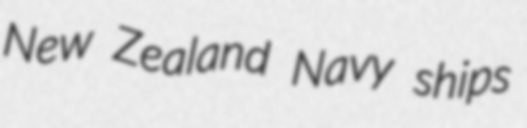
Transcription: New Zealand Navy ships